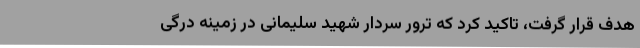
هدف قرار گرفت، تاکید کرد که ترور سردار شهید سلیمانی در زمینه درگی